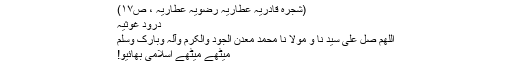
(شجرہ قادریہ عطّاریہ رضویہ عطّاریہ ، ص۱۷)
دُرُود غوثیہ
اللَّھُمّ صَلَّ عَلٰی سَیِّدِ نَا وَ مَوْلَا نَا مُحَمَّّدٍ مَّعْدِنِِ الْجُوْدِِِِِِِِِِِِِِِِِِِِِ وََالْکَرَم وَآلہِ وَبَارِکْ وَسَلِّمْ
میٹھے میٹھے اسلامی بھائیو!